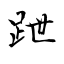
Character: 跇